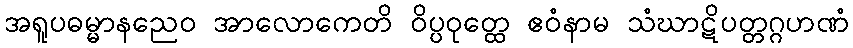
အရူပဓမ္မာနညေဝ အာလောကေတိ ဝိပ္ပဝုတ္ထေ ဧဝံနာမ သံဃာဋိပတ္တဂ္ဂဟဏံ